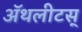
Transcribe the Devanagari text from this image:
ॲथलीटस्